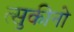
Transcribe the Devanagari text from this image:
त्सुकीनो